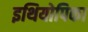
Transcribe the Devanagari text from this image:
इथियोपिका